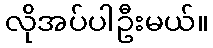
လိုအပ်ပါဦးမယ်။